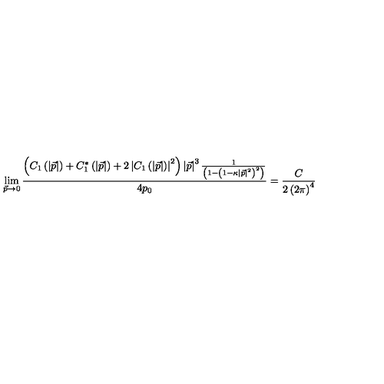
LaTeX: \lim _ { \vec { p } \rightarrow 0 } \frac { \left( C _ { 1 } \left( \left| \vec { p } \right| \right) + C _ { 1 } ^ { * } \left( \left| \vec { p } \right| \right) + 2 \left| C _ { 1 } \left( \left| \vec { p } \right| \right) \right| ^ { 2 } \right) \left| \vec { p } \right| ^ { 3 } \frac 1 { \left( 1 - \left( 1 - \kappa \left| \vec { p } \right| ^ { 2 } \right) ^ { 2 } \right) } } { 4 p _ { 0 } } = \frac C { 2 \left( 2 \pi \right) ^ { 4 } }